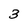
Character: 3